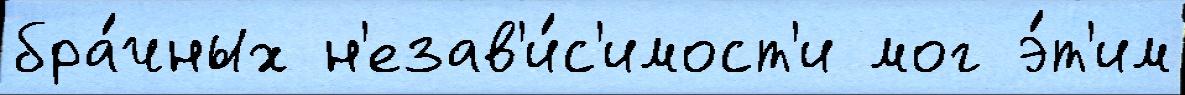
бра́чных н'езав'и́с'имост'и мог э́т'им